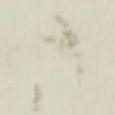
さ